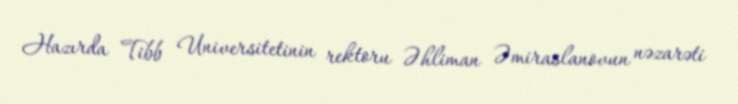
Hazırda Tibb Universitetinin rektoru Əhliman Əmiraslanovun nəzarəti